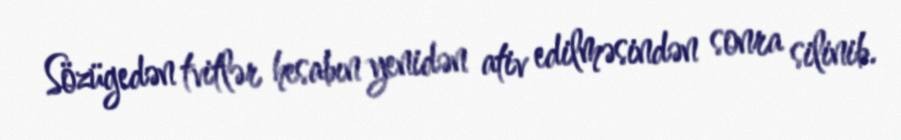
Sözügedən tvitlər hesabın yenidən ativ edilməsindən sonra silinib.